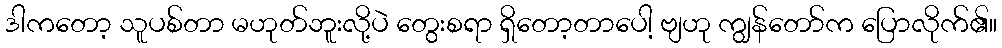
ဒါကတော့ သူပစ်တာ မဟုတ်ဘူးလို့ပဲ တွေးစရာ ရှိတော့တာပေါ့ ဗျဟု ကျွန်တော်က ပြောလိုက်၏။